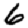
Digit: 6